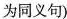
为同义句)